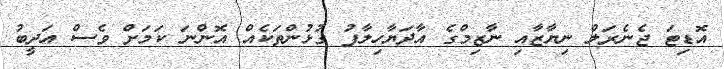
އޮޑިޓަ ޖެނެރަލް ނިޔާޒާއި ނާޒިމްގެ އާދަޔާހިލާފު ގުޅުންތަކެއް އޮންނަ ކަމަށް ވެސް އަދީބު